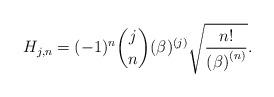
LaTeX: \begin{align*}H_{j,n}=(-1)^{n}\binom{j}{n}(\beta )^{(j)}\sqrt{\frac{n!}{\left( \beta\right) ^{\left( n\right) }}}. \end{align*}